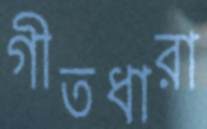
গীতধারা